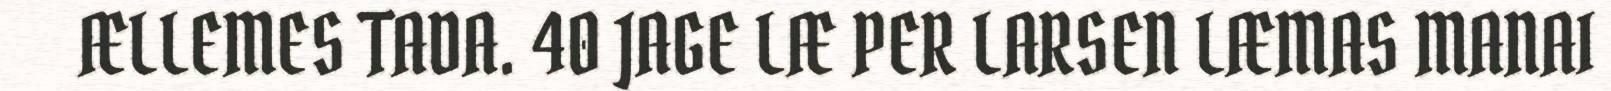
ÆLLEMES TADA. 40 JAGE LÆ PER LARSEN LÆMAS MANAI